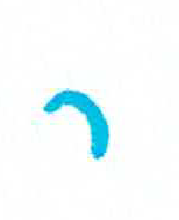
אות: ר